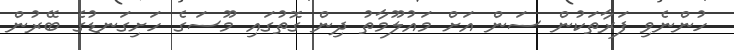
ހުންނެވި ފަރާތަކުން ސަން އަށް މައުލޫމާތު ދިން ގޮތުގައި މޫސަގެ ހަށިގަނޑުގެ ބޭރުން